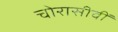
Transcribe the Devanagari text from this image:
चोरासीवीं